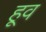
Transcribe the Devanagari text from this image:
हूव